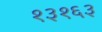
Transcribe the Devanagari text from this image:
१३१६३